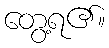
တွေ့ရ၏။